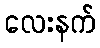
လေးနက်